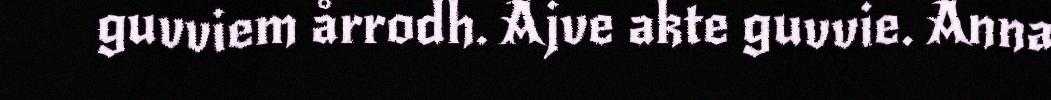
guvviem årrodh. Ajve akte guvvie. Anna